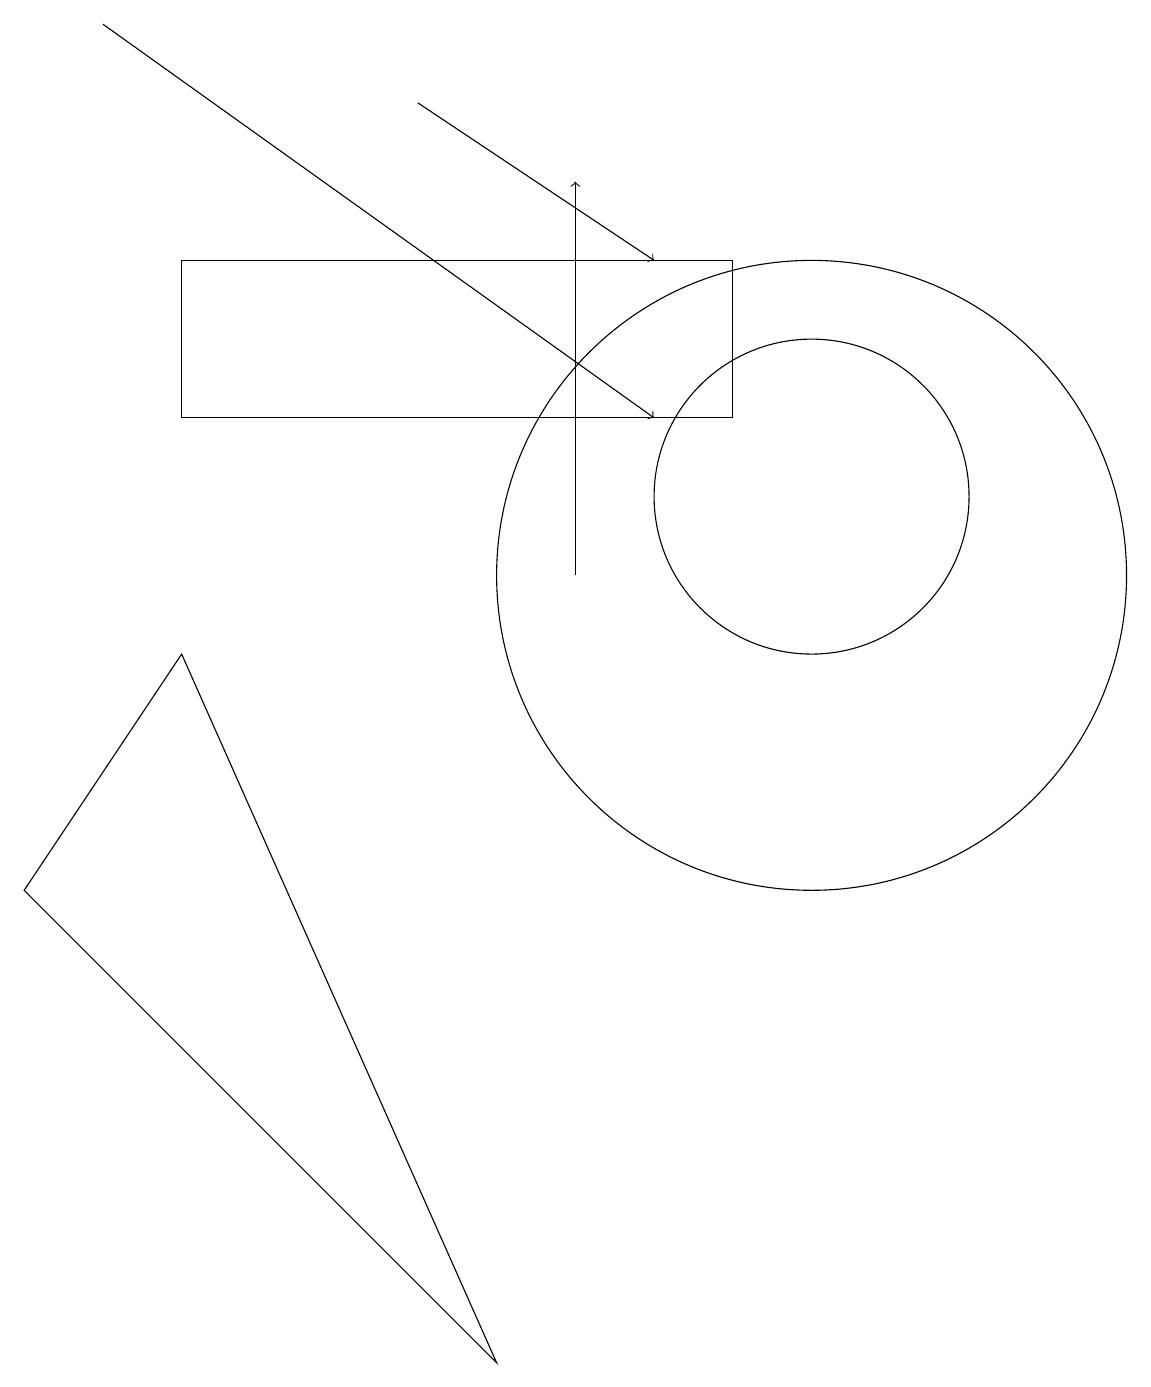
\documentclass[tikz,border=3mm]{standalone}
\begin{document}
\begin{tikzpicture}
\draw (10,11) circle (2);
\draw[->] (1,17) -- (8,12);
\draw[->] (5,16) -- (8,14);
\draw (2,9) -- (6,0) -- (0,6) -- cycle;
\draw (10,10) circle (4);
\draw (2,14) rectangle (9,12);
\draw[->] (7,10) -- (7,15);
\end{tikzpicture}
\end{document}